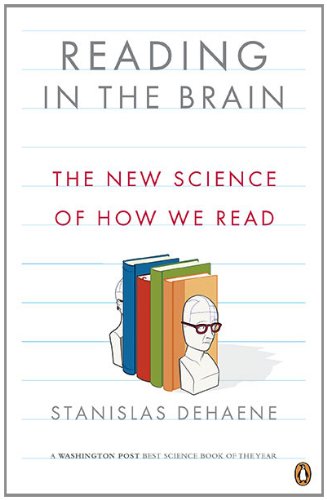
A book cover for Reading in the Brain: The New Science of How We Read; Stanislas Dehaene; Medical Books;